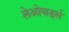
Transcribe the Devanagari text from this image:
लेओपार्ड्स